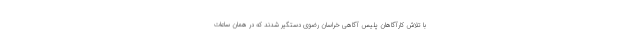
با تلاش کارآگاهان پلیس آگاهی خراسان رضوی دستگیر شدند که در همان ساعات